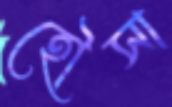
হৌসা